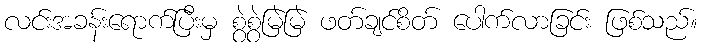
လင်းအခန်းရောက်ပြီးမှ စွဲစွဲမြဲမြဲ ဖတ်ချင်စိတ် ပေါက်လာခြင်း ဖြစ်သည်။